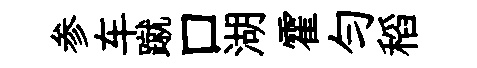
参车蹴口湖霍勻稻